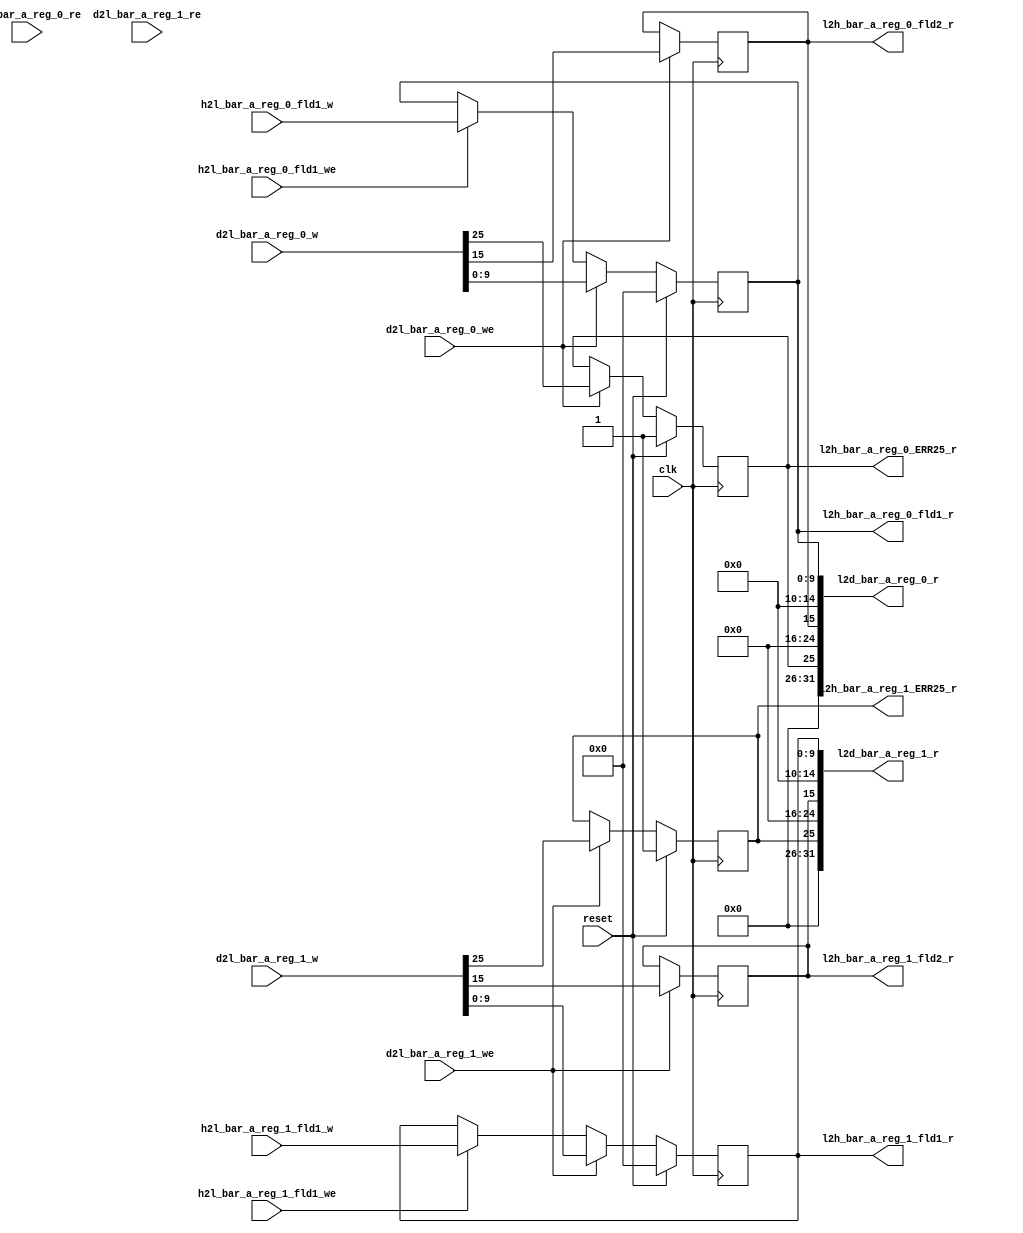
//   Ordt 191120.01 autogenerated file 
//   Input: ./rdl_hello/test.rdl
//   Parms: ./rdl_hello/test.parms
//

//
//---------- module foo_jrdl_logic
//
module foo_jrdl_logic
(
  clk,
  reset,
  d2l_bar_a_reg_0_w,
  d2l_bar_a_reg_0_we,
  d2l_bar_a_reg_0_re,
  d2l_bar_a_reg_1_w,
  d2l_bar_a_reg_1_we,
  d2l_bar_a_reg_1_re,
  h2l_bar_a_reg_0_fld1_w,
  h2l_bar_a_reg_0_fld1_we,
  h2l_bar_a_reg_1_fld1_w,
  h2l_bar_a_reg_1_fld1_we,

  l2d_bar_a_reg_0_r,
  l2d_bar_a_reg_1_r,
  l2h_bar_a_reg_0_fld1_r,
  l2h_bar_a_reg_0_fld2_r,
  l2h_bar_a_reg_0_ERR25_r,
  l2h_bar_a_reg_1_fld1_r,
  l2h_bar_a_reg_1_fld2_r,
  l2h_bar_a_reg_1_ERR25_r );

  //------- inputs
  input    clk;
  input    reset;
  input     [31:0] d2l_bar_a_reg_0_w;
  input    d2l_bar_a_reg_0_we;
  input    d2l_bar_a_reg_0_re;
  input     [31:0] d2l_bar_a_reg_1_w;
  input    d2l_bar_a_reg_1_we;
  input    d2l_bar_a_reg_1_re;
  input     [9:0] h2l_bar_a_reg_0_fld1_w;
  input    h2l_bar_a_reg_0_fld1_we;
  input     [9:0] h2l_bar_a_reg_1_fld1_w;
  input    h2l_bar_a_reg_1_fld1_we;

  //------- outputs
  output     [31:0] l2d_bar_a_reg_0_r;
  output     [31:0] l2d_bar_a_reg_1_r;
  output     [9:0] l2h_bar_a_reg_0_fld1_r;
  output    l2h_bar_a_reg_0_fld2_r;
  output    l2h_bar_a_reg_0_ERR25_r;
  output     [9:0] l2h_bar_a_reg_1_fld1_r;
  output    l2h_bar_a_reg_1_fld2_r;
  output    l2h_bar_a_reg_1_ERR25_r;


  //------- reg defines
  reg   [9:0] rg_bar_a_reg_0_fld1;
  reg   [9:0] reg_bar_a_reg_0_fld1_next;
  reg   [9:0] l2h_bar_a_reg_0_fld1_r;
  reg  rg_bar_a_reg_0_fld2;
  reg  reg_bar_a_reg_0_fld2_next;
  reg  l2h_bar_a_reg_0_fld2_r;
  reg  rg_bar_a_reg_0_ERR25;
  reg  reg_bar_a_reg_0_ERR25_next;
  reg  l2h_bar_a_reg_0_ERR25_r;
  reg   [31:0] l2d_bar_a_reg_0_r;
  reg   [9:0] rg_bar_a_reg_1_fld1;
  reg   [9:0] reg_bar_a_reg_1_fld1_next;
  reg   [9:0] l2h_bar_a_reg_1_fld1_r;
  reg  rg_bar_a_reg_1_fld2;
  reg  reg_bar_a_reg_1_fld2_next;
  reg  l2h_bar_a_reg_1_fld2_r;
  reg  rg_bar_a_reg_1_ERR25;
  reg  reg_bar_a_reg_1_ERR25_next;
  reg  l2h_bar_a_reg_1_ERR25_r;
  reg   [31:0] l2d_bar_a_reg_1_r;
  
  
  //------- combinatorial assigns for bar_a_reg_1 (pio read data)
  always @ (*) begin
    l2d_bar_a_reg_1_r = 32'b0;
    l2d_bar_a_reg_1_r [9:0]  = rg_bar_a_reg_1_fld1;
    l2d_bar_a_reg_1_r [15]  = rg_bar_a_reg_1_fld2;
    l2d_bar_a_reg_1_r [25]  = rg_bar_a_reg_1_ERR25;
  end
  
  //------- combinatorial assigns for bar_a_reg_0
  always @ (*) begin
    reg_bar_a_reg_0_fld1_next = rg_bar_a_reg_0_fld1;
    l2h_bar_a_reg_0_fld1_r = rg_bar_a_reg_0_fld1;
    reg_bar_a_reg_0_fld2_next = rg_bar_a_reg_0_fld2;
    l2h_bar_a_reg_0_fld2_r = rg_bar_a_reg_0_fld2;
    reg_bar_a_reg_0_ERR25_next = rg_bar_a_reg_0_ERR25;
    l2h_bar_a_reg_0_ERR25_r = rg_bar_a_reg_0_ERR25;
    if (h2l_bar_a_reg_0_fld1_we) reg_bar_a_reg_0_fld1_next = h2l_bar_a_reg_0_fld1_w;
    if (d2l_bar_a_reg_0_we) reg_bar_a_reg_0_fld1_next = d2l_bar_a_reg_0_w [9:0] ;
    if (d2l_bar_a_reg_0_we) reg_bar_a_reg_0_fld2_next = d2l_bar_a_reg_0_w [15] ;
    if (d2l_bar_a_reg_0_we) reg_bar_a_reg_0_ERR25_next = d2l_bar_a_reg_0_w [25] ;
  end
  
  //------- reg assigns for bar_a_reg_0
  always @ (posedge clk) begin
    if (reset) begin
      rg_bar_a_reg_0_fld1 <= #1 10'd0;
      rg_bar_a_reg_0_ERR25 <= #1 1'h1;
    end
    else begin
      rg_bar_a_reg_0_fld1 <= #1  reg_bar_a_reg_0_fld1_next;
      rg_bar_a_reg_0_ERR25 <= #1  reg_bar_a_reg_0_ERR25_next;
    end
    rg_bar_a_reg_0_fld2 <= #1  reg_bar_a_reg_0_fld2_next;
  end
  
  //------- combinatorial assigns for bar_a_reg_1
  always @ (*) begin
    reg_bar_a_reg_1_fld1_next = rg_bar_a_reg_1_fld1;
    l2h_bar_a_reg_1_fld1_r = rg_bar_a_reg_1_fld1;
    reg_bar_a_reg_1_fld2_next = rg_bar_a_reg_1_fld2;
    l2h_bar_a_reg_1_fld2_r = rg_bar_a_reg_1_fld2;
    reg_bar_a_reg_1_ERR25_next = rg_bar_a_reg_1_ERR25;
    l2h_bar_a_reg_1_ERR25_r = rg_bar_a_reg_1_ERR25;
    if (h2l_bar_a_reg_1_fld1_we) reg_bar_a_reg_1_fld1_next = h2l_bar_a_reg_1_fld1_w;
    if (d2l_bar_a_reg_1_we) reg_bar_a_reg_1_fld1_next = d2l_bar_a_reg_1_w [9:0] ;
    if (d2l_bar_a_reg_1_we) reg_bar_a_reg_1_fld2_next = d2l_bar_a_reg_1_w [15] ;
    if (d2l_bar_a_reg_1_we) reg_bar_a_reg_1_ERR25_next = d2l_bar_a_reg_1_w [25] ;
  end
  
  //------- reg assigns for bar_a_reg_1
  always @ (posedge clk) begin
    if (reset) begin
      rg_bar_a_reg_1_fld1 <= #1 10'd0;
      rg_bar_a_reg_1_ERR25 <= #1 1'h1;
    end
    else begin
      rg_bar_a_reg_1_fld1 <= #1  reg_bar_a_reg_1_fld1_next;
      rg_bar_a_reg_1_ERR25 <= #1  reg_bar_a_reg_1_ERR25_next;
    end
    rg_bar_a_reg_1_fld2 <= #1  reg_bar_a_reg_1_fld2_next;
  end
  
  //------- combinatorial assigns for bar_a_reg_0 (pio read data)
  always @ (*) begin
    l2d_bar_a_reg_0_r = 32'b0;
    l2d_bar_a_reg_0_r [9:0]  = rg_bar_a_reg_0_fld1;
    l2d_bar_a_reg_0_r [15]  = rg_bar_a_reg_0_fld2;
    l2d_bar_a_reg_0_r [25]  = rg_bar_a_reg_0_ERR25;
  end
  
endmodule

//
//---------- module foo_jrdl_decode
//
module foo_jrdl_decode
(
  clk,
  reset,
  leaf_dec_wr_data,
  leaf_dec_addr,
  leaf_dec_block_sel,
  leaf_dec_valid,
  leaf_dec_wr_dvld,
  leaf_dec_cycle,
  leaf_dec_wr_width,
  l2d_bar_a_reg_0_r,
  l2d_bar_a_reg_1_r,

  dec_leaf_rd_data,
  dec_leaf_ack,
  dec_leaf_nack,
  dec_leaf_accept,
  dec_leaf_reject,
  dec_leaf_retry_atomic,
  dec_leaf_data_width,
  d2l_bar_a_reg_0_w,
  d2l_bar_a_reg_0_we,
  d2l_bar_a_reg_0_re,
  d2l_bar_a_reg_1_w,
  d2l_bar_a_reg_1_we,
  d2l_bar_a_reg_1_re );

  //------- inputs
  input    clk;
  input    reset;
  input     [31:0] leaf_dec_wr_data;
  input     [39:0] leaf_dec_addr;
  input    leaf_dec_block_sel;
  input    leaf_dec_valid;
  input    leaf_dec_wr_dvld;
  input     [1:0] leaf_dec_cycle;
  input     [2:0] leaf_dec_wr_width;
  input     [31:0] l2d_bar_a_reg_0_r;
  input     [31:0] l2d_bar_a_reg_1_r;

  //------- outputs
  output     [31:0] dec_leaf_rd_data;
  output    dec_leaf_ack;
  output    dec_leaf_nack;
  output    dec_leaf_accept;
  output    dec_leaf_reject;
  output    dec_leaf_retry_atomic;
  output     [2:0] dec_leaf_data_width;
  output     [31:0] d2l_bar_a_reg_0_w;
  output    d2l_bar_a_reg_0_we;
  output    d2l_bar_a_reg_0_re;
  output     [31:0] d2l_bar_a_reg_1_w;
  output    d2l_bar_a_reg_1_we;
  output    d2l_bar_a_reg_1_re;


  //------- wire defines
  wire   [31:0] pio_dec_write_data;
  wire  pio_dec_address;
  wire  pio_dec_read;
  wire  pio_dec_write;
  wire   [39:0] block_sel_addr;
  wire  block_sel;
  wire  leaf_dec_valid_active;
  wire  leaf_dec_wr_dvld_active;
  
  //------- reg defines
  reg   [31:0] d2l_bar_a_reg_0_w;
  reg  d2l_bar_a_reg_0_we;
  reg  d2l_bar_a_reg_0_re;
  reg   [31:0] d2l_bar_a_reg_1_w;
  reg  d2l_bar_a_reg_1_we;
  reg  d2l_bar_a_reg_1_re;
  reg  leaf_dec_valid_hld1;
  reg  leaf_dec_valid_hld1_next;
  reg  leaf_dec_wr_dvld_hld1;
  reg  leaf_dec_wr_dvld_hld1_next;
  reg  pio_write_active;
  reg  pio_read_active;
  reg  pio_dec_address_d1;
  reg   [31:0] pio_dec_write_data_d1;
  reg   [31:0] dec_pio_read_data;
  reg   [31:0] dec_pio_read_data_d1;
  reg  dec_pio_ack;
  reg  dec_pio_nack;
  reg  dec_pio_ack_next;
  reg  dec_pio_nack_next;
  reg  pio_internal_ack;
  reg  pio_internal_nack;
  reg  pio_external_ack;
  reg  pio_external_nack;
  reg  pio_external_ack_next;
  reg  pio_external_nack_next;
  reg  pio_no_acks;
  reg  pio_activate_write;
  reg  pio_activate_read;
  reg   [31:0] dec_pio_read_data_next;
  reg  external_transaction_active;
  
  
  //------- assigns
  assign  pio_dec_write_data = leaf_dec_wr_data;
  assign  dec_leaf_rd_data = dec_pio_read_data;
  assign  dec_leaf_ack = dec_pio_ack;
  assign  dec_leaf_nack = dec_pio_nack;
  assign  pio_dec_address = leaf_dec_addr [2] ;
  assign  block_sel_addr = 40'h0;
  assign  block_sel = leaf_dec_block_sel;
  assign  leaf_dec_wr_dvld_active = leaf_dec_wr_dvld | leaf_dec_wr_dvld_hld1;
  assign  leaf_dec_valid_active = leaf_dec_valid | leaf_dec_valid_hld1;
  assign  dec_leaf_accept = leaf_dec_valid & block_sel;
  assign  dec_leaf_reject = leaf_dec_valid & ~block_sel;
  assign  pio_dec_read = block_sel & leaf_dec_valid_active & (leaf_dec_cycle == 2'b10);
  assign  pio_dec_write = block_sel & leaf_dec_wr_dvld_active & (leaf_dec_cycle[1] == 1'b0);
  assign  dec_leaf_retry_atomic = 1'b0;
  assign  dec_leaf_data_width = 3'b0;
  
  //------- combinatorial assigns for pio read data
  always @ (*) begin
    dec_pio_read_data = dec_pio_read_data_d1;
  end
  
  //------- reg assigns for pio read data
  always @ (posedge clk) begin
    if (reset) begin
      dec_pio_read_data_d1 <= #1  32'b0;
    end
    else begin
      dec_pio_read_data_d1 <= #1 dec_pio_read_data_next;
    end
  end
  
  //------- reg assigns for pio i/f
  always @ (posedge clk) begin
    if (reset) begin
      pio_write_active <= #1  1'b0;
      pio_read_active <= #1  1'b0;
    end
    else begin
      pio_write_active <= #1  pio_write_active ? pio_no_acks : pio_activate_write;
      pio_read_active <= #1  pio_read_active ? pio_no_acks : pio_activate_read;
    end
    pio_dec_address_d1 <= #1   pio_dec_address;
    pio_dec_write_data_d1 <= #1  pio_dec_write_data;
  end
  
  //------- combinatorial assigns for leaf i/f
  always @ (*) begin
    leaf_dec_valid_hld1_next = leaf_dec_valid | leaf_dec_valid_hld1;
    if (dec_pio_ack_next | dec_pio_nack_next) leaf_dec_valid_hld1_next = 1'b0;
    leaf_dec_wr_dvld_hld1_next = leaf_dec_wr_dvld | leaf_dec_wr_dvld_hld1;
    if (dec_pio_ack_next | dec_pio_nack_next | leaf_dec_valid) leaf_dec_wr_dvld_hld1_next = 1'b0;
  end
  
  //------- reg assigns for leaf i/f
  always @ (posedge clk) begin
    if (reset) begin
      leaf_dec_valid_hld1 <= #1  1'b0;
      leaf_dec_wr_dvld_hld1 <= #1  1'b0;
    end
    else begin
      leaf_dec_valid_hld1 <= #1 leaf_dec_valid_hld1_next;
      leaf_dec_wr_dvld_hld1 <= #1 leaf_dec_wr_dvld_hld1_next;
    end
  end
  
  //------- combinatorial assigns for pio ack/nack
  always @ (*) begin
    pio_internal_nack = (pio_read_active | pio_write_active) & ~pio_internal_ack & ~external_transaction_active;
    dec_pio_ack_next = (pio_internal_ack | (pio_external_ack_next & external_transaction_active));
    dec_pio_nack_next = (pio_internal_nack | (pio_external_nack_next & external_transaction_active));
    pio_no_acks = ~(dec_pio_ack | dec_pio_nack | pio_external_ack | pio_external_nack);
    pio_activate_write = (pio_dec_write & ~(dec_pio_ack | dec_pio_nack));
    pio_activate_read = (pio_dec_read & ~(dec_pio_ack | dec_pio_nack));
  end
  
  //------- reg assigns for pio ack/nack
  always @ (posedge clk) begin
    if (reset) begin
      dec_pio_ack <= #1 1'b0;
      dec_pio_nack <= #1 1'b0;
      pio_external_ack <= #1  1'b0;
      pio_external_nack <= #1  1'b0;
    end
    else begin
      dec_pio_ack <= #1 dec_pio_ack ? 1'b0 : dec_pio_ack_next;
      dec_pio_nack <= #1 dec_pio_nack ? 1'b0 : dec_pio_nack_next;
      pio_external_ack <= #1 pio_external_ack_next;
      pio_external_nack <= #1 pio_external_nack_next;
    end
  end
  
  
  //------- address decode
  always @ (*) begin
    pio_internal_ack = 1'b0;
    external_transaction_active = 1'b0;
    pio_external_ack_next = 1'b0;
    pio_external_nack_next = 1'b0;
    dec_pio_read_data_next = 32'b0;
    
    d2l_bar_a_reg_0_w = pio_dec_write_data_d1  [31:0] ;
    d2l_bar_a_reg_0_we = 1'b0;
    d2l_bar_a_reg_0_re = 1'b0;
    d2l_bar_a_reg_1_w = pio_dec_write_data_d1  [31:0] ;
    d2l_bar_a_reg_1_we = 1'b0;
    d2l_bar_a_reg_1_re = 1'b0;
    
    casez(pio_dec_address_d1)
    //  Register: bar.a_reg_0     Address: 0x0     External: false
    1'b0:
      begin
        d2l_bar_a_reg_0_we = pio_write_active & ~dec_pio_ack;
        d2l_bar_a_reg_0_re = pio_read_active & ~dec_pio_ack;
        pio_internal_ack =  pio_read_active | pio_write_active;
        dec_pio_read_data_next  [31:0]  = l2d_bar_a_reg_0_r;
      end
    //  Register: bar.a_reg_1     Address: 0x4     External: false
    1'b1:
      begin
        d2l_bar_a_reg_1_we = pio_write_active & ~dec_pio_ack;
        d2l_bar_a_reg_1_re = pio_read_active & ~dec_pio_ack;
        pio_internal_ack =  pio_read_active | pio_write_active;
        dec_pio_read_data_next  [31:0]  = l2d_bar_a_reg_1_r;
      end
    endcase
  end
  
endmodule

//
//---------- module foo_pio
//
module foo_pio
(
  clk,
  reset,
  h2l_bar_a_reg_0_fld1_w,
  h2l_bar_a_reg_0_fld1_we,
  h2l_bar_a_reg_1_fld1_w,
  h2l_bar_a_reg_1_fld1_we,
  leaf_dec_wr_data,
  leaf_dec_addr,
  leaf_dec_block_sel,
  leaf_dec_valid,
  leaf_dec_wr_dvld,
  leaf_dec_cycle,
  leaf_dec_wr_width,

  l2h_bar_a_reg_0_fld1_r,
  l2h_bar_a_reg_0_fld2_r,
  l2h_bar_a_reg_0_ERR25_r,
  l2h_bar_a_reg_1_fld1_r,
  l2h_bar_a_reg_1_fld2_r,
  l2h_bar_a_reg_1_ERR25_r,
  dec_leaf_rd_data,
  dec_leaf_ack,
  dec_leaf_nack,
  dec_leaf_accept,
  dec_leaf_reject,
  dec_leaf_retry_atomic,
  dec_leaf_data_width );

  //------- inputs
  input    clk;
  input    reset;
  input     [9:0] h2l_bar_a_reg_0_fld1_w;
  input    h2l_bar_a_reg_0_fld1_we;
  input     [9:0] h2l_bar_a_reg_1_fld1_w;
  input    h2l_bar_a_reg_1_fld1_we;
  input     [31:0] leaf_dec_wr_data;
  input     [39:0] leaf_dec_addr;
  input    leaf_dec_block_sel;
  input    leaf_dec_valid;
  input    leaf_dec_wr_dvld;
  input     [1:0] leaf_dec_cycle;
  input     [2:0] leaf_dec_wr_width;

  //------- outputs
  output     [9:0] l2h_bar_a_reg_0_fld1_r;
  output    l2h_bar_a_reg_0_fld2_r;
  output    l2h_bar_a_reg_0_ERR25_r;
  output     [9:0] l2h_bar_a_reg_1_fld1_r;
  output    l2h_bar_a_reg_1_fld2_r;
  output    l2h_bar_a_reg_1_ERR25_r;
  output     [31:0] dec_leaf_rd_data;
  output    dec_leaf_ack;
  output    dec_leaf_nack;
  output    dec_leaf_accept;
  output    dec_leaf_reject;
  output    dec_leaf_retry_atomic;
  output     [2:0] dec_leaf_data_width;


  //------- wire defines
  wire   [31:0] d2l_bar_a_reg_0_w;
  wire  d2l_bar_a_reg_0_we;
  wire  d2l_bar_a_reg_0_re;
  wire   [31:0] d2l_bar_a_reg_1_w;
  wire  d2l_bar_a_reg_1_we;
  wire  d2l_bar_a_reg_1_re;
  wire   [31:0] l2d_bar_a_reg_0_r;
  wire   [31:0] l2d_bar_a_reg_1_r;
  
  
  foo_jrdl_decode pio_decode (
    .clk(clk),
    .reset(reset),
    .leaf_dec_wr_data(leaf_dec_wr_data),
    .leaf_dec_addr(leaf_dec_addr),
    .leaf_dec_block_sel(leaf_dec_block_sel),
    .leaf_dec_valid(leaf_dec_valid),
    .leaf_dec_wr_dvld(leaf_dec_wr_dvld),
    .leaf_dec_cycle(leaf_dec_cycle),
    .leaf_dec_wr_width(leaf_dec_wr_width),
    .l2d_bar_a_reg_0_r(l2d_bar_a_reg_0_r),
    .l2d_bar_a_reg_1_r(l2d_bar_a_reg_1_r),
    .dec_leaf_rd_data(dec_leaf_rd_data),
    .dec_leaf_ack(dec_leaf_ack),
    .dec_leaf_nack(dec_leaf_nack),
    .dec_leaf_accept(dec_leaf_accept),
    .dec_leaf_reject(dec_leaf_reject),
    .dec_leaf_retry_atomic(dec_leaf_retry_atomic),
    .dec_leaf_data_width(dec_leaf_data_width),
    .d2l_bar_a_reg_0_w(d2l_bar_a_reg_0_w),
    .d2l_bar_a_reg_0_we(d2l_bar_a_reg_0_we),
    .d2l_bar_a_reg_0_re(d2l_bar_a_reg_0_re),
    .d2l_bar_a_reg_1_w(d2l_bar_a_reg_1_w),
    .d2l_bar_a_reg_1_we(d2l_bar_a_reg_1_we),
    .d2l_bar_a_reg_1_re(d2l_bar_a_reg_1_re) );
    
  foo_jrdl_logic pio_logic (
    .clk(clk),
    .reset(reset),
    .d2l_bar_a_reg_0_w(d2l_bar_a_reg_0_w),
    .d2l_bar_a_reg_0_we(d2l_bar_a_reg_0_we),
    .d2l_bar_a_reg_0_re(d2l_bar_a_reg_0_re),
    .d2l_bar_a_reg_1_w(d2l_bar_a_reg_1_w),
    .d2l_bar_a_reg_1_we(d2l_bar_a_reg_1_we),
    .d2l_bar_a_reg_1_re(d2l_bar_a_reg_1_re),
    .h2l_bar_a_reg_0_fld1_w(h2l_bar_a_reg_0_fld1_w),
    .h2l_bar_a_reg_0_fld1_we(h2l_bar_a_reg_0_fld1_we),
    .h2l_bar_a_reg_1_fld1_w(h2l_bar_a_reg_1_fld1_w),
    .h2l_bar_a_reg_1_fld1_we(h2l_bar_a_reg_1_fld1_we),
    .l2d_bar_a_reg_0_r(l2d_bar_a_reg_0_r),
    .l2d_bar_a_reg_1_r(l2d_bar_a_reg_1_r),
    .l2h_bar_a_reg_0_fld1_r(l2h_bar_a_reg_0_fld1_r),
    .l2h_bar_a_reg_0_fld2_r(l2h_bar_a_reg_0_fld2_r),
    .l2h_bar_a_reg_0_ERR25_r(l2h_bar_a_reg_0_ERR25_r),
    .l2h_bar_a_reg_1_fld1_r(l2h_bar_a_reg_1_fld1_r),
    .l2h_bar_a_reg_1_fld2_r(l2h_bar_a_reg_1_fld2_r),
    .l2h_bar_a_reg_1_ERR25_r(l2h_bar_a_reg_1_ERR25_r) );
    
endmodule